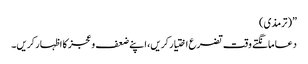
”(ترمذی)
دعا مانگتے وقت تضرع اختیار کریں، اپنے ضعف و عجز کا اظہار کریں۔